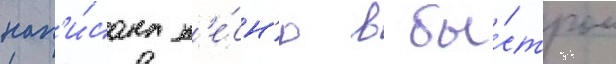
нап'и́сана п'е́сн'ю в бы́стром